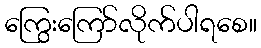
ကြွေးကြော်လိုက်ပါရစေ။